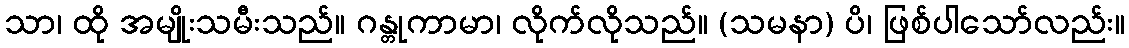
သာ၊ ထို အမျိုးသမီးသည်။ ဂန္တုကာမာ၊ လိုက်လိုသည်။ (သမနာ) ပိ၊ ဖြစ်ပါသော်လည်း။